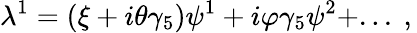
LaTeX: \lambda^{1}=(\xi+i\theta\gamma_{5})\psi^{1}+i\varphi\gamma_{5}\psi^{2}+...\ ,\,